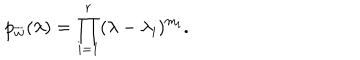
LaTeX: p _ { \overline { { { w } } } } ( \lambda ) = \prod _ { i = 1 } ^ { r } ( \lambda - \lambda _ { i } ) ^ { m _ { i } } .